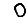
Digit: 0